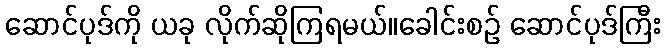
ဆောင်ပုဒ်ကို ယခု လိုက်ဆိုကြရမယ်။ခေါင်းစဉ် ဆောင်ပုဒ်ကြီး